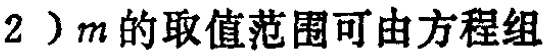
（2）\(m\)的取值范围可由方程组